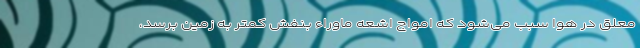
معلق در هوا سبب می‌شود که امواج اشعه ماوراء بنفش کمتر به زمین برسد،